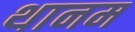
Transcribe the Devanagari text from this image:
थानम